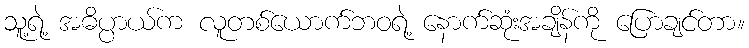
သူ့ရဲ့ အဓိပ္ပာယ်က လူတစ်ယောက်ဘဝရဲ့ နောက်ဆုံးအချိန်ကို ပြောချင်တာ။